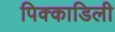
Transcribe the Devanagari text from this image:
पिक्काडिली